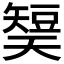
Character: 𰦡